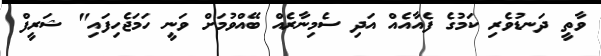
ވާތީ ދަނޑުވެރި ކަމުގެ ފެއާއެއް އަދި ސެމިނާރެއް ބޭއްވުމަށް ވަނީ ހަމަޖެހިފައި" ޝަރީފް